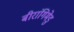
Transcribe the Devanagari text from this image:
बीरांगिमेडु